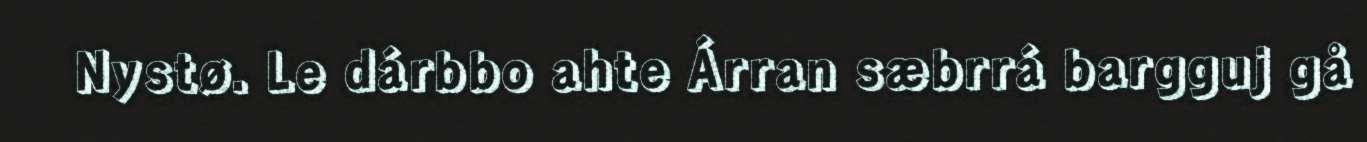
Nystø. Le dárbbo ahte Árran sæbrrá bargguj gå